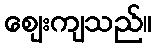
ဈေးကျသည်။